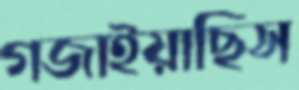
গজাইয়াছিস